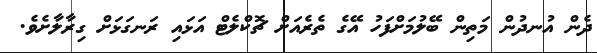
ދެން އުނދުން މަތިން ބޭލުމަށްފަހު އޭގެ ތެރެއަށް ޗޮކްލެޓް އަޅައި ރަނގަޅަށް ގިރާލާށެވެ.